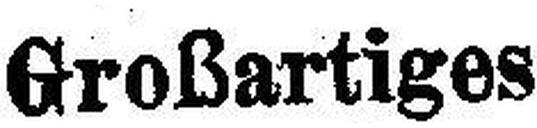
Großartiges